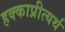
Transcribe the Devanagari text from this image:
हक्काप्रीत्यर्थ